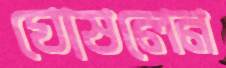
ঘোষলেন